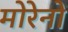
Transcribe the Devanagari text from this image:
मोरेनों